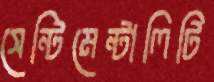
সেন্টিমেন্টালিটি